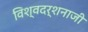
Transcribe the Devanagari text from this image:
विश्वदर्शनाजी